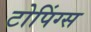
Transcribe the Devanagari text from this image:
टोपिंग्स